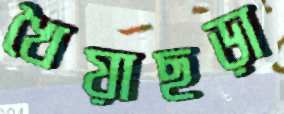
খৈয়াছড়া